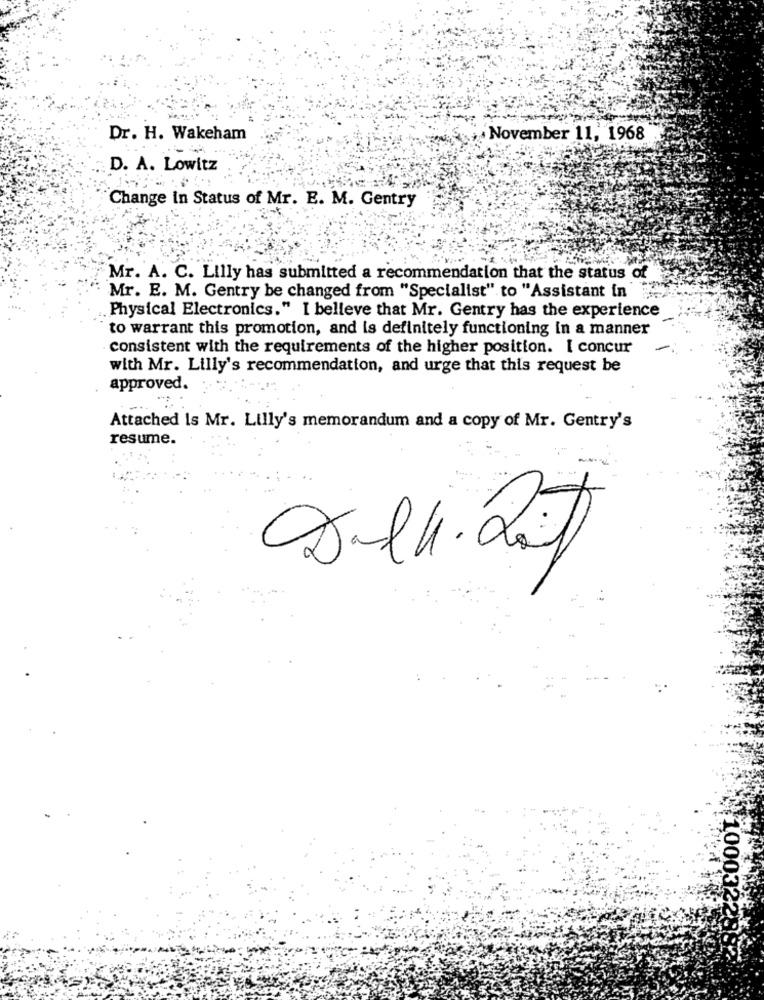
Dr. H. Wakeham
November 11, 1968
D. A. Lowitz
Change in Status of Mr. E. M. Gentry
Mr. A. C. Lilly has submitted a recommendation that the status of
Mr. E. M. Gentry be changed from "Specialist" to "Assistant in
Physical Electronics." I believe that Mr. Gentry has the experience
to warrant this promotion, and is definitely functioning in a manner
consistent with the requirements of the higher position. I concur
-
with Mr. Lilly's recommendation, and urge that this request be
approved.
Attached Is Mr. Lilly's memorandum and a copy of Mr. Gentry's
resume.
1000322